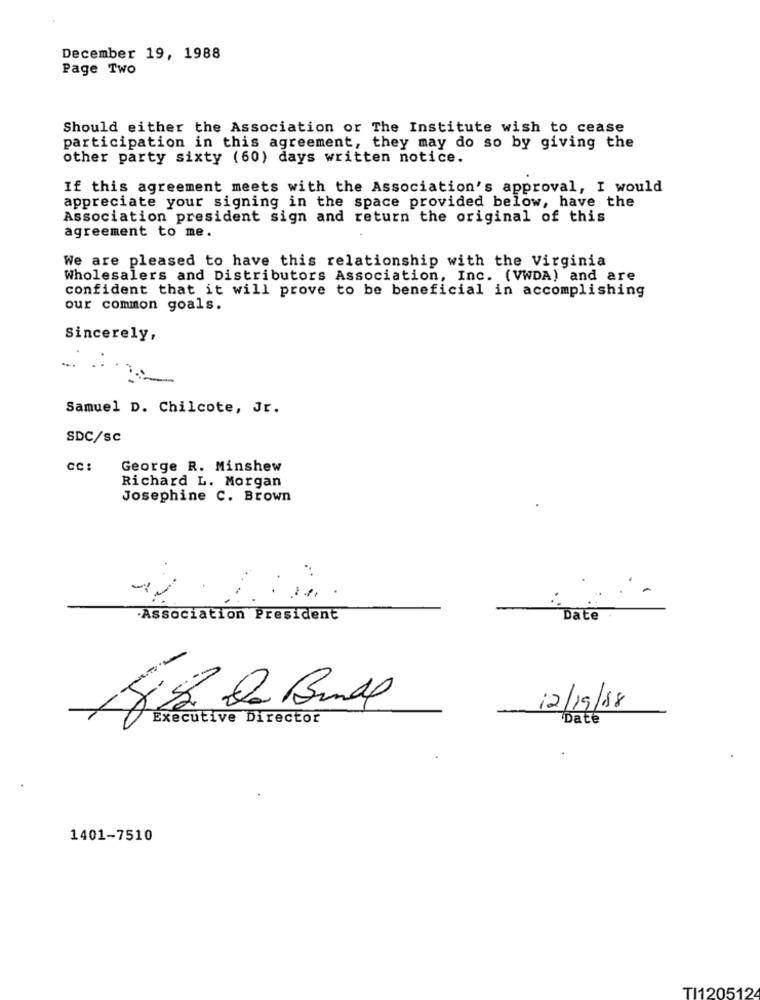
December 19, 1988
Page Two
Should either the Association or The Institute wish to cease
participation in this agreement, they may do so by giving the
other party sixty (60) days written notice.
If this agreement meets with the Association's approval, I would
appreciate your signing in the space provided below, have the
Association president sign and return the original of this
agreement to me.
We are pleased to have this relationship with the Virginia
Wholesalers and Distributors Association, Inc. (VWDA) and are
confident that it will prove to be beneficial in accomplishing
our common goals.
Sincerely,
Samuel D. Chilcote, Jr.
SDC/SC
CC :
George R. Minshew
Richard L. Morgan
Josephine C. Brown
·Association President
Date
12/19/18
Executive Director
Date
1401-7510
TI120512